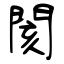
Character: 閡